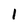
Character: 1